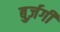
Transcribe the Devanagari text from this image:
बुर्ज़गी